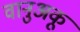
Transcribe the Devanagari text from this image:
वानुअकू